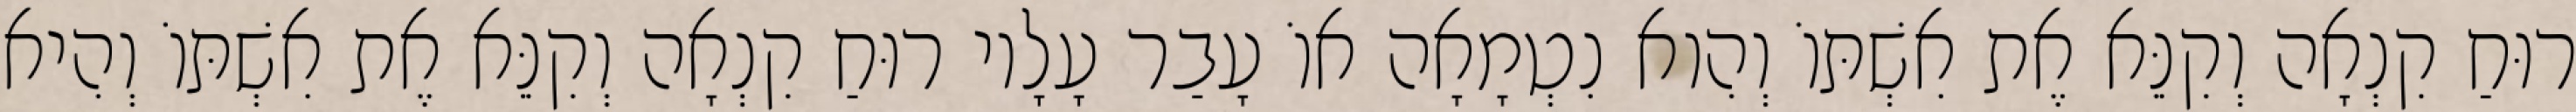
רוּחַ קִנְאָה וְקִנֵּא אֶת אִשְׁתּוֹ וְהִוא נִטְמָאָה אוֹ עָבַר עָלָיו רוּחַ קִנְאָה וְקִנֵּא אֶת אִשְׁתּוֹ וְהִיא